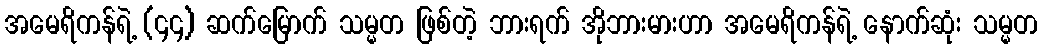
အမေရိကန်ရဲ့ (၄၄) ဆက်မြောက် သမ္မတ ဖြစ်တဲ့ ဘားရက် အိုဘားမားဟာ အမေရိကန်ရဲ့ နောက်ဆုံး သမ္မတ